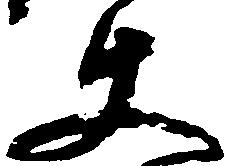
使